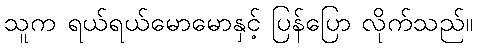
သူက ရယ်ရယ်မောမောနှင့် ပြန်ပြော လိုက်သည်။